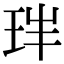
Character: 𤤓